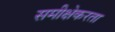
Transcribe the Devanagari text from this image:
समीक्षेकरता